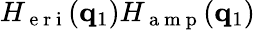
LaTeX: H_{\mathrm{~e~r~i~}}(\mathbf{q}_{1})H_{\mathrm{~a~m~p~}}(\mathbf{q}_{1})